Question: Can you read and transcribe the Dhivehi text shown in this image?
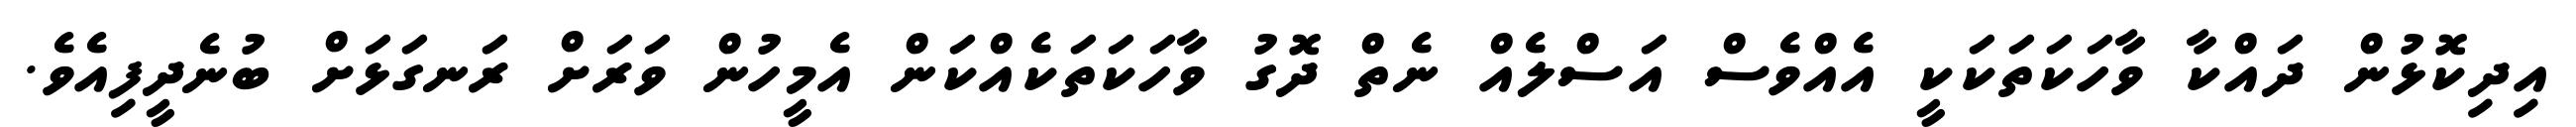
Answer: އިދިކޮޅުން ދައްކާ ވާހަކަތަކަކީ އެއްވެސް އަސްލެއް ނެތް ދޮގު ވާހަކަތަކެއްކަން އެމީހުން ވަރަށް ރަނގަޅަށް ބުނެދީފިއެވެ.